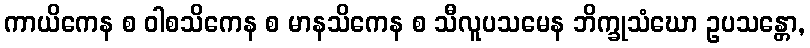
ကာယိကေန စ ဝါစသိကေန စ မာနသိကေန စ သီလူပသမေန ဘိက္ခုသံဃော ဥပသန္တော,